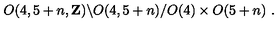
O ( 4 , 5 + n , { \bf Z } ) \backslash O ( 4 , 5 + n ) / O ( 4 ) \times O ( 5 + n ) \ .